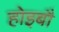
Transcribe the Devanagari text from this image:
होइबौ